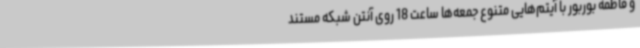
و فاطمه بوربور با آیتم‌هایی متنوع جمعه‌ها ساعت 18 روی آنتن شبکه مستند